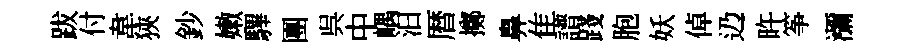
跋付韋狹鈔嫩驆團呉中嵎汩暦擲鼻隹譜踐胞妖倬辸旿筝瀰